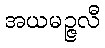
အယမဉ္ဇလီ